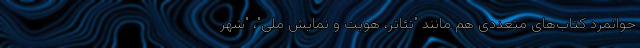
جوانمرد کتاب‌های متعددی هم مانند "تئاتر، هویت و نمایش ملی"،‌ "شهر